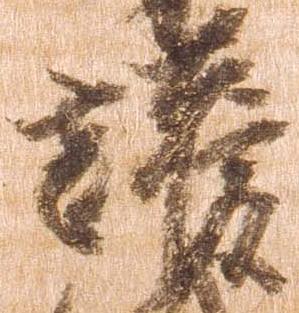
護